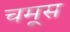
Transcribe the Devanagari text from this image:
चमूस